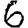
Digit: 6